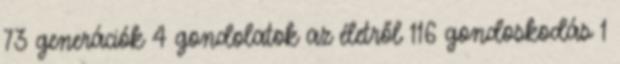
73 generációk 4 gondolatok az életről 116 gondoskodás 1